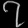
Digit: ၇